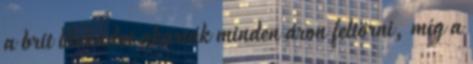
a brit blokádot akarták minden áron feltörni, míg a